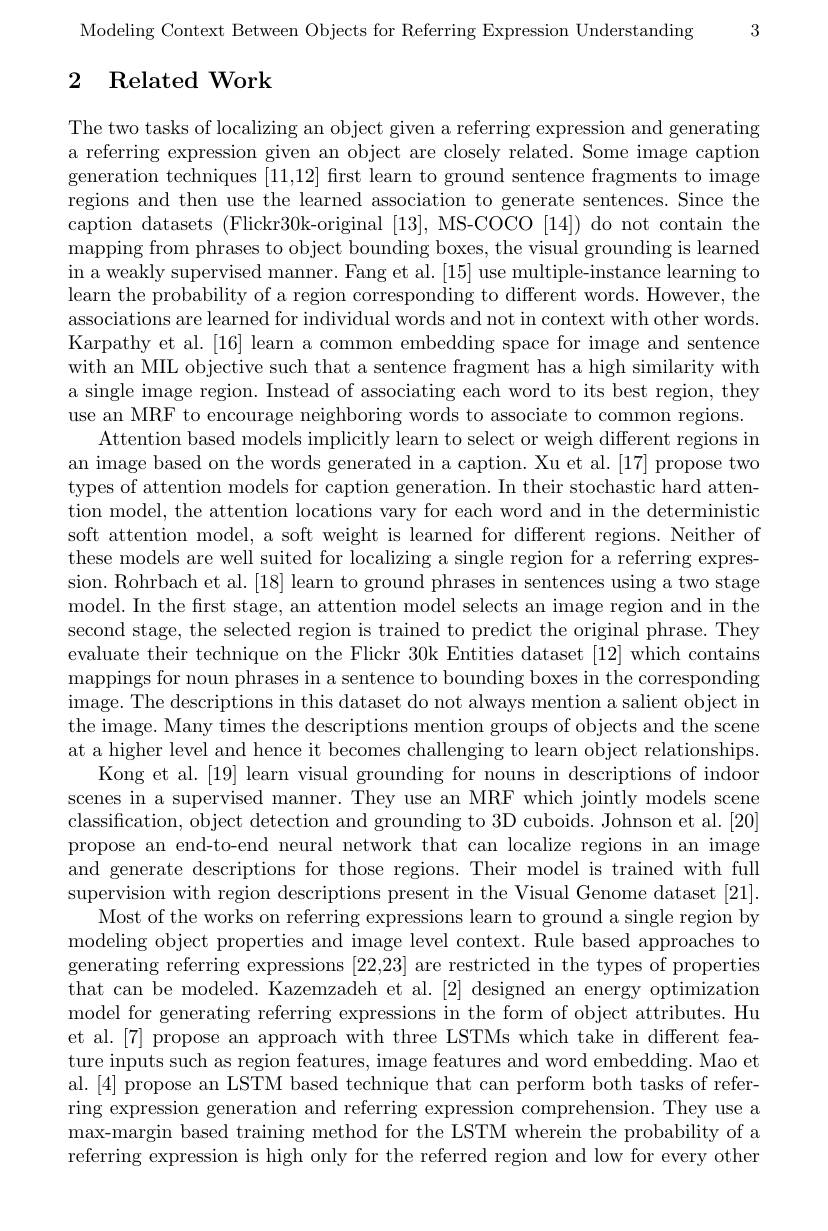
Modeling Context Between Objects for Referring Expression Understanding 3

# 2 Related Work

The two tasks of localizing an object given a referring expression and generating a referring expression given an object are closely related. Some image caption generation techniques [11,12] first learn to ground sentence fragments to image regions and then use the learned association to generate sentences. Since the caption datasets (Flickr30k-original [13], MS-COCO [14]) do not contain the mapping from phrases to object bounding boxes, the visual grounding is learned in a weakly supervised manner. Fang et al. [15] use multiple-instance learning to learn the probability of a region corresponding to different words. However, the associations are learned for individual words and not in context with other words. Karpathy et al.[16] learn a common embedding space for image and sentence with an MIL objective such that a sentence fragment has a high similarity with a single image region. Instead of associating each word to its best region, they use an MRF to encourage neighboring words to associate to common regions.
Attention based models implicitly learn to select or weigh different regions in an image based on the words generated in a caption. Xu et al. [17] propose two types of attention models for caption generation. In their stochastic hard attention model, the attention locations vary for each word and in the deterministic soft attention model, a soft weight is learned for different regions. Neither of these models are well suited for localizing a single region for a referring expression. Rohrbach et al. [18] learn to ground phrases in sentences using a two stage model. In the first stage, an attention model selects an image region and in the second stage, the selected region is trained to predict the original phrase. They evaluate their technique on the Flickr 30k Entities dataset [12] which contains mappings for noun phrases in a sentence to bounding boxes in the corresponding image. The descriptions in this dataset do not always mention a salient object in the image. Many times the descriptions mention groups of objects and the scene at a higher level and hence it becomes challenging to learn object relationships.
Kong et al.[19] learn visual grounding for nouns in descriptions of indoor scenes in a supervised manner. They use an MRF which jointly models scene classification, object detection and grounding to 3D cuboids. Johnson et al. [20] propose an end-to-end neural network that can localize regions in an image and generate descriptions for those regions. Their model is trained with full supervision with region descriptions present in the Visual Genome dataset [21].
Most of the works on referring expressions learn to ground a single region by modeling object properties and image level context. Rule based approaches to generating referring expressions [22,23] are restricted in the types of properties that can be modeled. Kazemzadeh et al. [2] designed an energy optimization model for generating referring expressions in the form of object attributes. Hu et al.[7] propose an approach with three LSTMs which take in different feature inputs such as region features, image features and word embedding. Mao et al. [4] propose an LSTM based technique that can perform both tasks of referring expression generation and referring expression comprehension. They use a max-margin based training method for the LSTM wherein the probability of a referring expression is high only for the referred region and low for every other